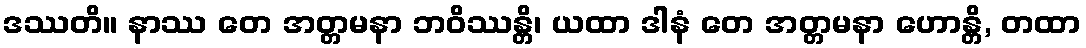
ဒဿတိ။ နာဿ တေ အတ္တမနာ ဘဝိဿန္တိ၊ ယထာ ဒါနံ တေ အတ္တမနာ ဟောန္တိ, တထာ